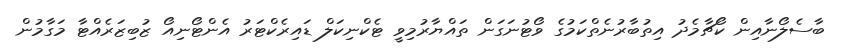
ބާސެލޯނާއިން ކޯޗާމެދު އިތުބާރުނެތްކަމުގެ ވޯޓުނަގަން ތައްޔާރުމިވީ ޓެކްނިކަލް ޑައިރެކްޓަރު އެންޓޯނިއޯ ޒުބިޒަރެއްޓާ މަގާމުން